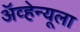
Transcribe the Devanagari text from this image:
ॲव्हेन्यूला